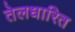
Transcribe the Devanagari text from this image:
तेलधारित